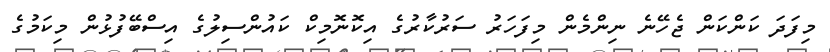
މިފަދަ ކަންކަން ޖެހޭނެ ނިންމެން މިފަހަރު ސަރުކާރުގެ އިކޮނޮމިކް ކައުންސިލުގެ އިސްބޭފުޅުން މިކަމުގެ